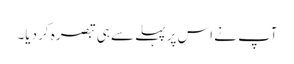
آپ نے اس پر پہلے سے ہی تبصرہ کر دیا۔